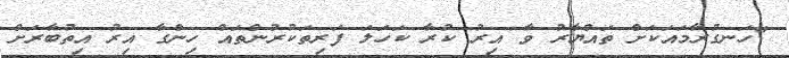
"ހަނގުރާމައަކަށް ތައްޔާރު ވާ އިރު ކުރާ ކަހަލަ ފަރިތަކުރުންތައް ހިންގާ އިރު އިތުބާރަށް